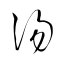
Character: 湯